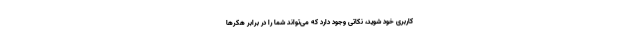
کاربری خود شوید، نکاتی وجود دارد که می‌تواند شما را در برابر هکرها